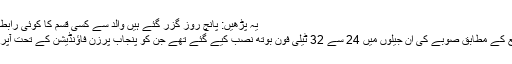
یہ پڑھیں: پانچ روز گزر گئے ہیں والد سے کسی قسم کا کوئی رابطہ نہیں، مریم نواز
محکمہ داخلہ ذرائع کے مطابق صوبے کی ان جیلوں میں 24 سے 32 ٹیلی فون بوتھ نصب کیے گئے تھے جن کو پنجاب پرزن فاؤنڈیشن کے تحت آپریٹ کیا جارہا ہے۔